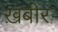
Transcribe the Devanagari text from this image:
ख़बीर